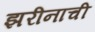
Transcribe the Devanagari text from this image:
झरीनाची